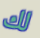
لك